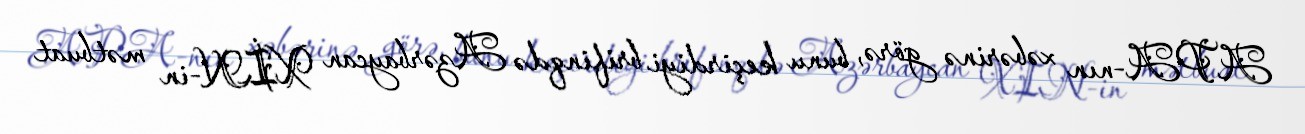
APA-nın xəbərinə görə, bunu keçirdiyi brifinqdə Azərbaycan XİN-in mətbuat